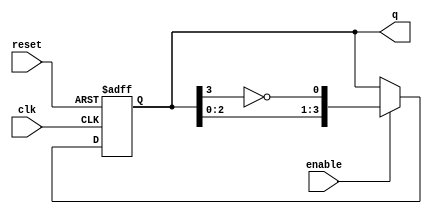
module johnson_counter (
    input wire clk,          // Clock signal
    input wire reset,        // Asynchronous reset signal
    input wire enable,       // Enable signal for counting
    output reg [3:0] q       // 4-bit output representing the counter state
);

// Always block triggered on the rising edge of the clock or when reset is asserted
always @(posedge clk or posedge reset) begin
    if (reset) begin
        // Asynchronous reset: set counter to 0
        q <= 4'b0000;
    end else if (enable) begin
        // Johnson counter logic
        q <= {q[2:0], ~q[3]}; // Shift left and feed back inverted last bit
    end
end

endmodule